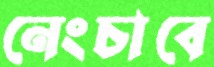
নেংচাবে